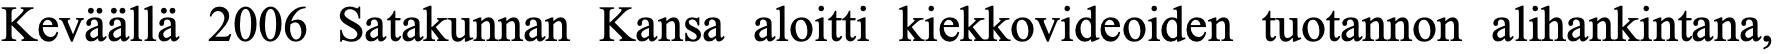
Keväällä 2006 Satakunnan Kansa aloitti kiekkovideoiden tuotannon alihankintana,